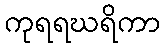
ကုရရဃရိကာ